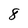
Character: 8